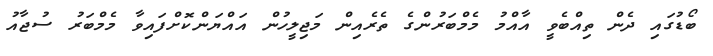
ބޯޑުގައި ދެން ތިއްބެވީ އާއްމު މެމްބަރުންގެ ތެރެއިން މަޖިލީހުން އައްޔަންކޮށްފައިވާ މެމްބަރު ސުޖާއު